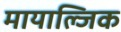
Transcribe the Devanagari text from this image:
मायाल्जिक